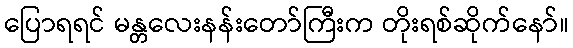
ပြောရရင် မန္တလေးနန်းတော်ကြီးက တိုးရစ်ဆိုက်နော်။